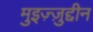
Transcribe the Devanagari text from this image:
मुइज़्ज़ुद्दीन